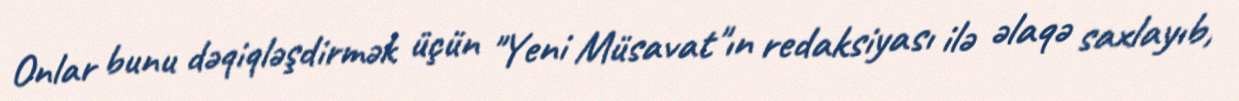
Onlar bunu dəqiqləşdirmək üçün "Yeni Müsavat"ın redaksiyası ilə əlaqə saxlayıb,